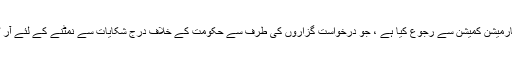
وزارت کے انکار کے بعد ، مختار نے حکومت انفارمیشن کمیشن سے رجوع کیا ہے ، جو درخواست گزاروں کی طرف سے حکومت کے خلاف درج شکایات سے نمٹنے کے لئے آر ٹی آئی قانون کے تحت قائم ایک اپیل کنندہ ادارہ ہے۔